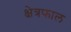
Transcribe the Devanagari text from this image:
क्षेत्रफाल